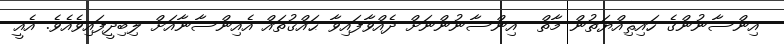
އިންސާނުންގެ ހައިޘިއްޔަތުން މާތް  އިންސާނުންނަށް ދެއްވާފައިވާ ޙައްޤުތައް އެއިންސާނާއަށް ލިބިދީފައިވެއެވެ. އެއީ